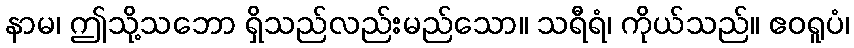
နာမ၊ ဤသို့သဘော ရှိသည်လည်းမည်သော။ သရီရံ၊ ကိုယ်သည်။ ဧဝရူပံ၊